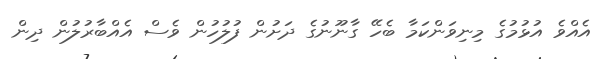
އެއްވެ އުޅުމުގެ މިނިވަންކަމާ ބެހޭ ގާނޫނުގެ ދަށުން ފުލުހުން ވެސް އެއްބާރުލުން ދިން